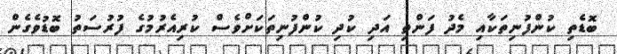
ބޮޑެތި ކުންފުނިތަކާއި މެދު ފަންތި އަދި ކުދި ކުންފުނިތަކަށްވެސް ކުރިއެރުމުގެ ފުރުސަތު ބޮޑުވެގެން